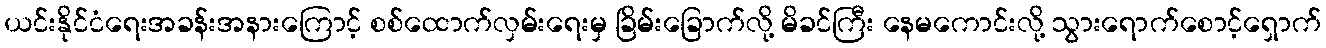
ယင်းနိုင်ငံရေးအခန်းအနားကြောင့် စစ်ထောက်လှမ်းရေးမှ ခြိမ်းခြောက်လို့ မိခင်ကြီး နေမကောင်းလို့ သွားရောက်စောင့်ရှောက်